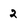
Character: 2